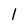
Character: 1